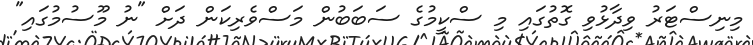
މިނިސްޓަރު ވިދާޅުވި ގޮތުގައި މި ސްކީމުގެ ސަބަބުން މަސްވެރިކަން ދަށް "ނު މޫސުމުގައި"